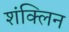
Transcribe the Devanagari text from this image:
शंक्लिन